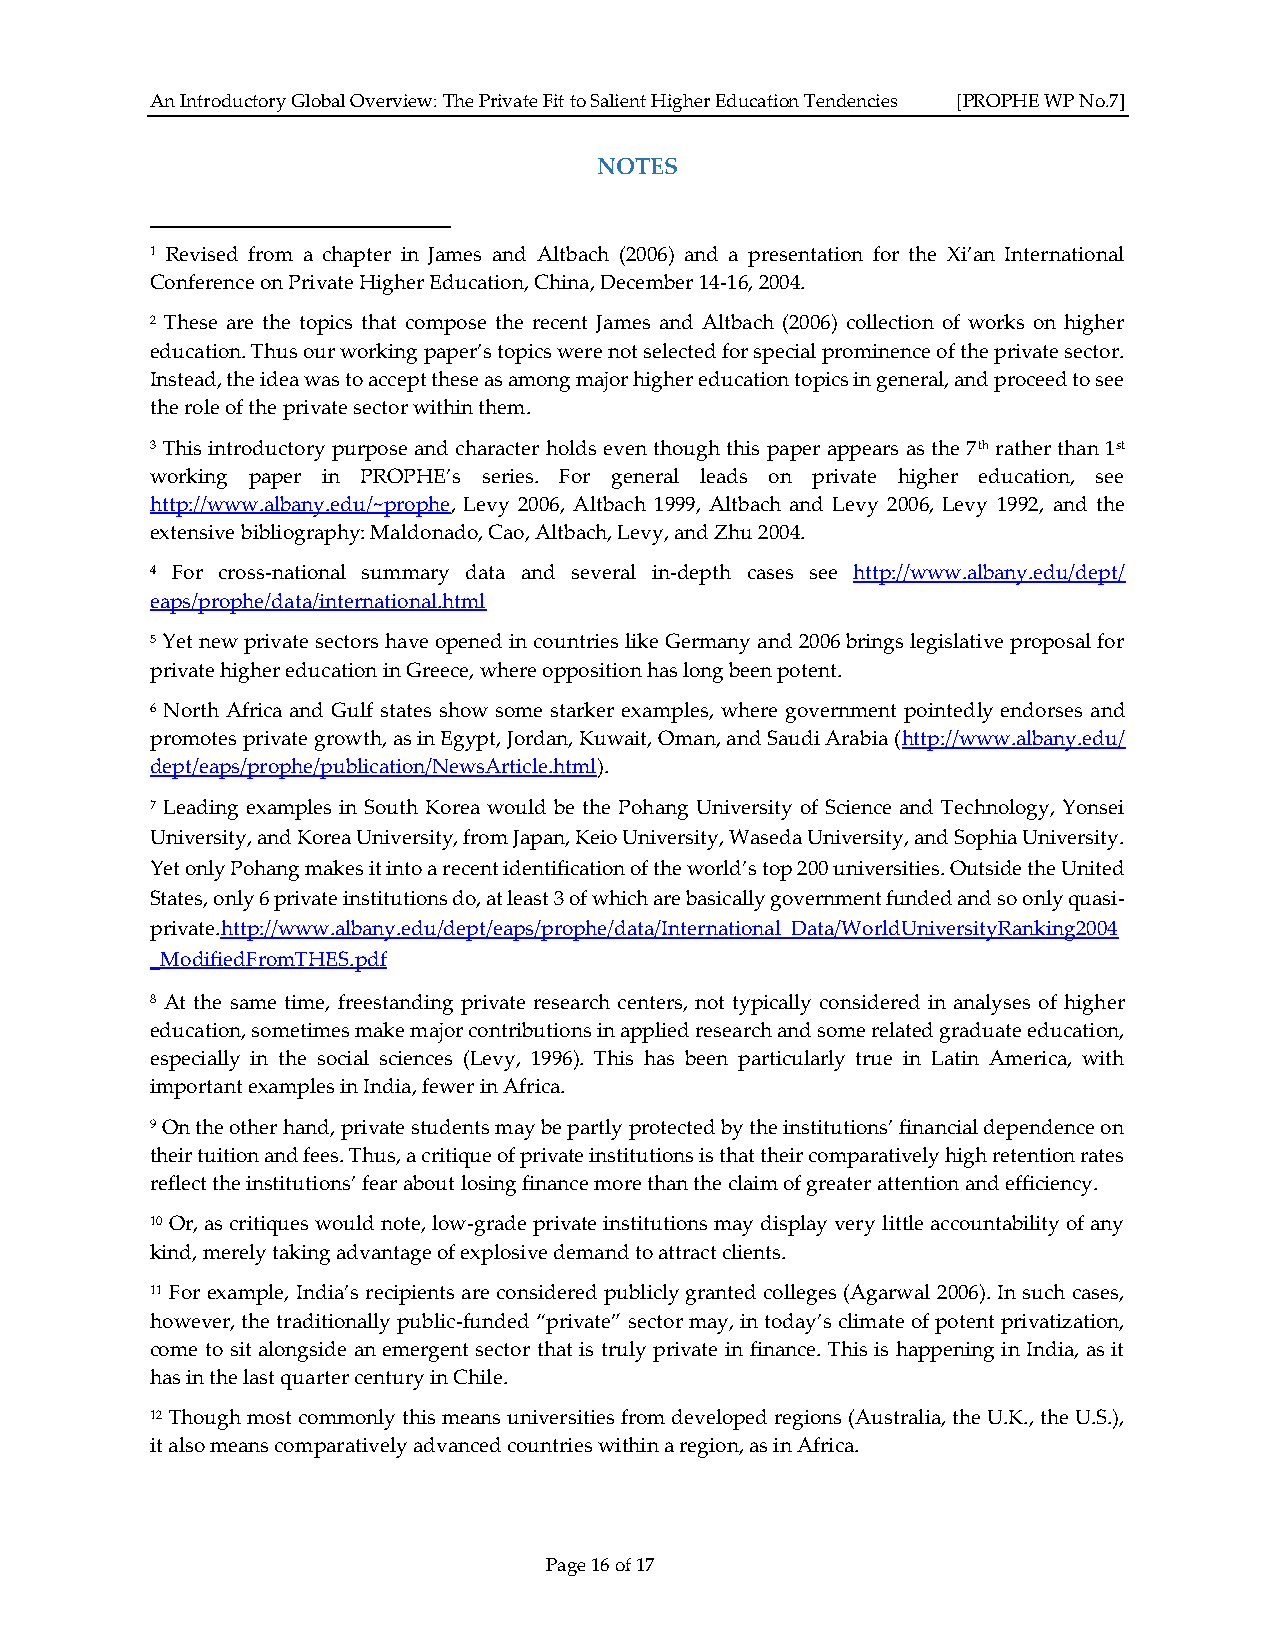
An Introductory Global Overview: The Private Fit to Salient Higher Education Tendencies [PROPHE WP No.7]
 NOTES
 1 Revised from a chapter in James and Altbach (2006) and a presentation for the Xi’an International
 Conference on Private Higher Education, China, December 14-16, 2004.
 2 These are the topics that compose the recent James and Altbach (2006) collection of works on higher
 education. Thus our working paper’s topics were not selected for special prominence of the private sector.
 Instead, the idea was to accept these as among major higher education topics in general, and proceed to see
 the role of the private sector within them.
 3 This introductory purpose and character holds even though this paper appears as the 7th rather than 1st
 working paper in PROPHE’s series. For general leads on private higher education, see
 http://www.albany.edu/~prophe, Levy 2006, Altbach 1999, Altbach and Levy 2006, Levy 1992, and the
 extensive bibliography: Maldonado, Cao, Altbach, Levy, and Zhu 2004.
 4 For cross-national summary data and several in-depth cases see http://www.albany.edu/dept/
 eaps/prophe/data/international.html
 5 Yet new private sectors have opened in countries like Germany and 2006 brings legislative proposal for
 private higher education in Greece, where opposition has long been potent.
 6 North Africa and Gulf states show some starker examples, where government pointedly endorses and
 promotes private growth, as in Egypt, Jordan, Kuwait, Oman, and Saudi Arabia (http://www.albany.edu/
 dept/eaps/prophe/publication/NewsArticle.html).
 7 Leading examples in South Korea would be the Pohang University of Science and Technology, Yonsei
 University, and Korea University, from Japan, Keio University, Waseda University, and Sophia University.
 Yet only Pohang makes it into a recent identification of the world’s top 200 universities. Outside the United
 States, only 6 private institutions do, at least 3 of which are basically government funded and so only quasi-
 private.http://www.albany.edu/dept/eaps/prophe/data/International_Data/WorldUniversityRanking2004
 _ModifiedFromTHES.pdf
 8 At the same time, freestanding private research centers, not typically considered in analyses of higher
 education, sometimes make major contributions in applied research and some related graduate education,
 especially in the social sciences (Levy, 1996). This has been particularly true in Latin America, with
 important examples in India, fewer in Africa.
 9 On the other hand, private students may be partly protected by the institutions’ financial dependence on
 their tuition and fees. Thus, a critique of private institutions is that their comparatively high retention rates
 reflect the institutions’ fear about losing finance more than the claim of greater attention and efficiency.
 10 Or, as critiques would note, low-grade private institutions may display very little accountability of any
 kind, merely taking advantage of explosive demand to attract clients.
 11 For example, India’s recipients are considered publicly granted colleges (Agarwal 2006). In such cases,
 however, the traditionally public-funded “private” sector may, in today’s climate of potent privatization,
 come to sit alongside an emergent sector that is truly private in finance. This is happening in India, as it
 has in the last quarter century in Chile.
 12 Though most commonly this means universities from developed regions (Australia, the U.K., the U.S.),
 it also means comparatively advanced countries within a region, as in Africa.
 Page 16 of 17